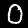
Label: 0